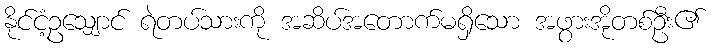
နိုင်ငံ့ဥသျှောင် ရဲတပ်သားကို အဆိပ်အတောက်မရှိသော အဖွားအိုတစ်ဦး၏